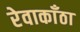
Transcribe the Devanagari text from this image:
रेवाकाँठा